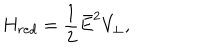
LaTeX: H _ { r e d } = \frac { 1 } { 2 } \bar { E } ^ { 2 } V _ { \perp } ,